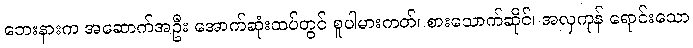
ဘေးနားက အဆောက်အဦး အောက်ဆုံးထပ်တွင် စူပါမားကတ်၊ စားသောက်ဆိုင်၊ အလှကုန် ရောင်းသော